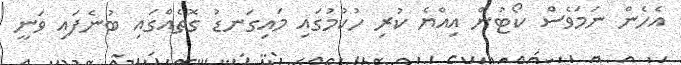
އެހެން ނަމަވެސް ކޯޓުން އިއްޔެ ކުރި ހުކުމުގައި މައިގަނޑު ގޮތެއްގައި ބުނެފައި ވަނީ